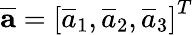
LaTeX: \overline{{\textbf{a}}}=\left[\overline{{a}}_{1},\overline{{a}}_{2},\overline{{a}}_{3}\right]^{T}